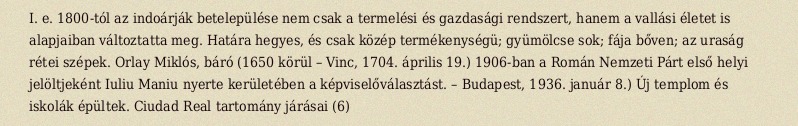
I. e. 1800-tól az indoárják betelepülése nem csak a termelési és gazdasági rendszert, hanem a vallási életet is alapjaiban változtatta meg. Határa hegyes, és csak közép termékenységü; gyümölcse sok; fája bőven; az uraság rétei szépek. Orlay Miklós, báró (1650 körül – Vinc, 1704. április 19.) 1906-ban a Román Nemzeti Párt első helyi jelöltjeként Iuliu Maniu nyerte kerületében a képviselőválasztást. – Budapest, 1936. január 8.) Új templom és iskolák épültek. Ciudad Real tartomány járásai (6)